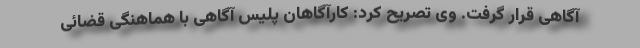
آگاهی قرار گرفت. وی تصریح کرد: کارآگاهان پلیس آگاهی با هماهنگی قضائی